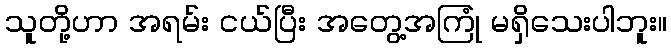
သူတို့ဟာ အရမ်း ငယ်ပြီး အတွေ့အကြုံ မရှိသေးပါဘူး။